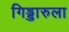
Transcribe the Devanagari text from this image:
गिड्डारुला